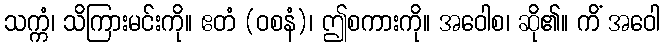
သက္ကံ၊ သိကြားမင်းကို။ ဧတံ (ဝစနံ)၊ ဤစကားကို။ အဝေါစ၊ ဆို၏။ ကိံ အဝေါ